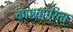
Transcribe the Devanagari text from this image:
काष्ठकारिता